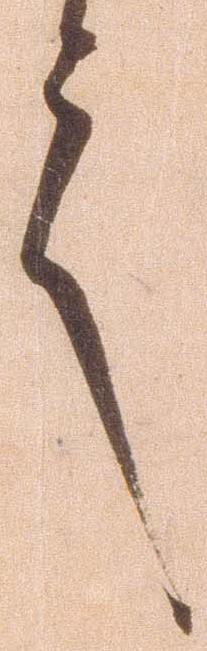
言